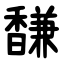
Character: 馦